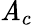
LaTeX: \mathit{A}_{c}